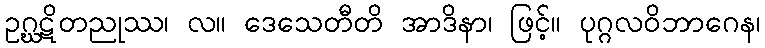
ဥဂ္ဃဋိတညုဿ၊ လ။ ဒေသေတီတိ အာဒိနာ၊ ဖြင့်။ ပုဂ္ဂလဝိဘာဂေန၊